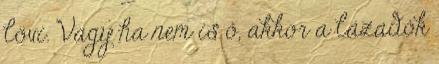
lövi. Vagy ha nem is ő, akkor a lázadók